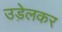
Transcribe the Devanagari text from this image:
उड़ेलकर